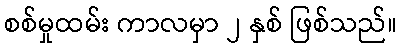
စစ်မှုထမ်း ကာလမှာ ၂ နှစ် ဖြစ်သည်။